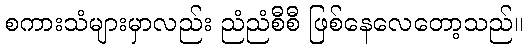
စကားသံများမှာလည်း ညံညံစီစီ ဖြစ်နေလေတော့သည်။